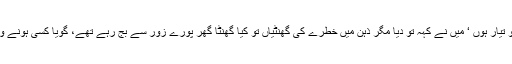
آپ جو کہیں گے وہ میں کرنے کو تیار ہوں ‘ میں نے کہہ تو دیا مگر ذہن میں خطرے کی گھنٹیاں تو کیا گھنٹا گھر پورے زور سے بج رہے تھے، گویا کسی ہونے والی فوتگی کا اعلان کر رہے ہوں۔